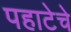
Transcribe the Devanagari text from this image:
पहाटेचे